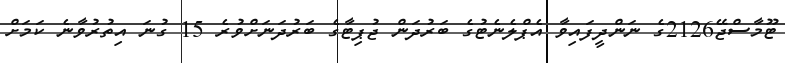
ޓޫމާސްޖޭ2126ގެ ނަންދީފައިވާ އެޕްލެނެޓުގެ ބަރުދަން ޖުޕިޓާގެ ބަރުދަނަށްވުރެ 15 ގުނަ އިތުރުވާނެ ކަމަށް